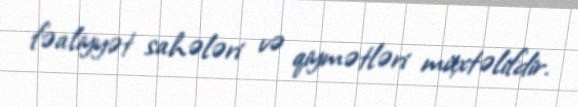
fəaliyyət sahələri və qiymətləri müxtəlifdir.